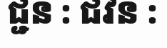
ជ្ជន : ជវន :